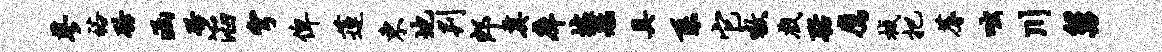
蓼裕聆函聆滔穹俾莲东地判郎奠庠墟艋具系它嗷戏聒鹰械把蓐咄川舅